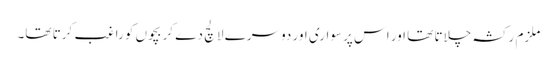
ملزم رکشہ چلاتا تھا اور اس پر سواری اور دوسرے لالچ دے کر بچوں کو راغب کرتا تھا۔